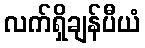
လက်ရှိချန်ပီယံ